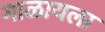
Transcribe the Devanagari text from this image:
गाळायला